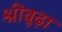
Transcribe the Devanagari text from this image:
श्रीबूढ़ा